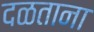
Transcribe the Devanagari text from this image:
दळताना